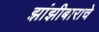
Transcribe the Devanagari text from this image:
झांझीबाराचे